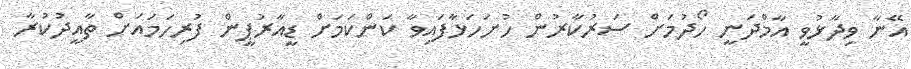
އޭނާ ވިދާޅުވީ އާމްދަނީ ހޯދުމަށް ސަރުކާރުން ހުށަހަޅާފައިވާ ކަންކަމަށް ޑީއާރުޕީން ފުރިހަމައަށް ތާއީދުކުރާ